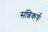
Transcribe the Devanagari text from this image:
संन्निकर्षः